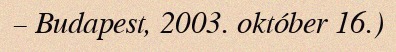
– Budapest, 2003. október 16.)